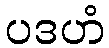
ပဒဟံ